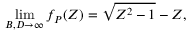
\operatorname* { l i m } _ { B , D \to \infty } f _ { P } ( Z ) = \sqrt { Z ^ { 2 } - 1 } - Z ,